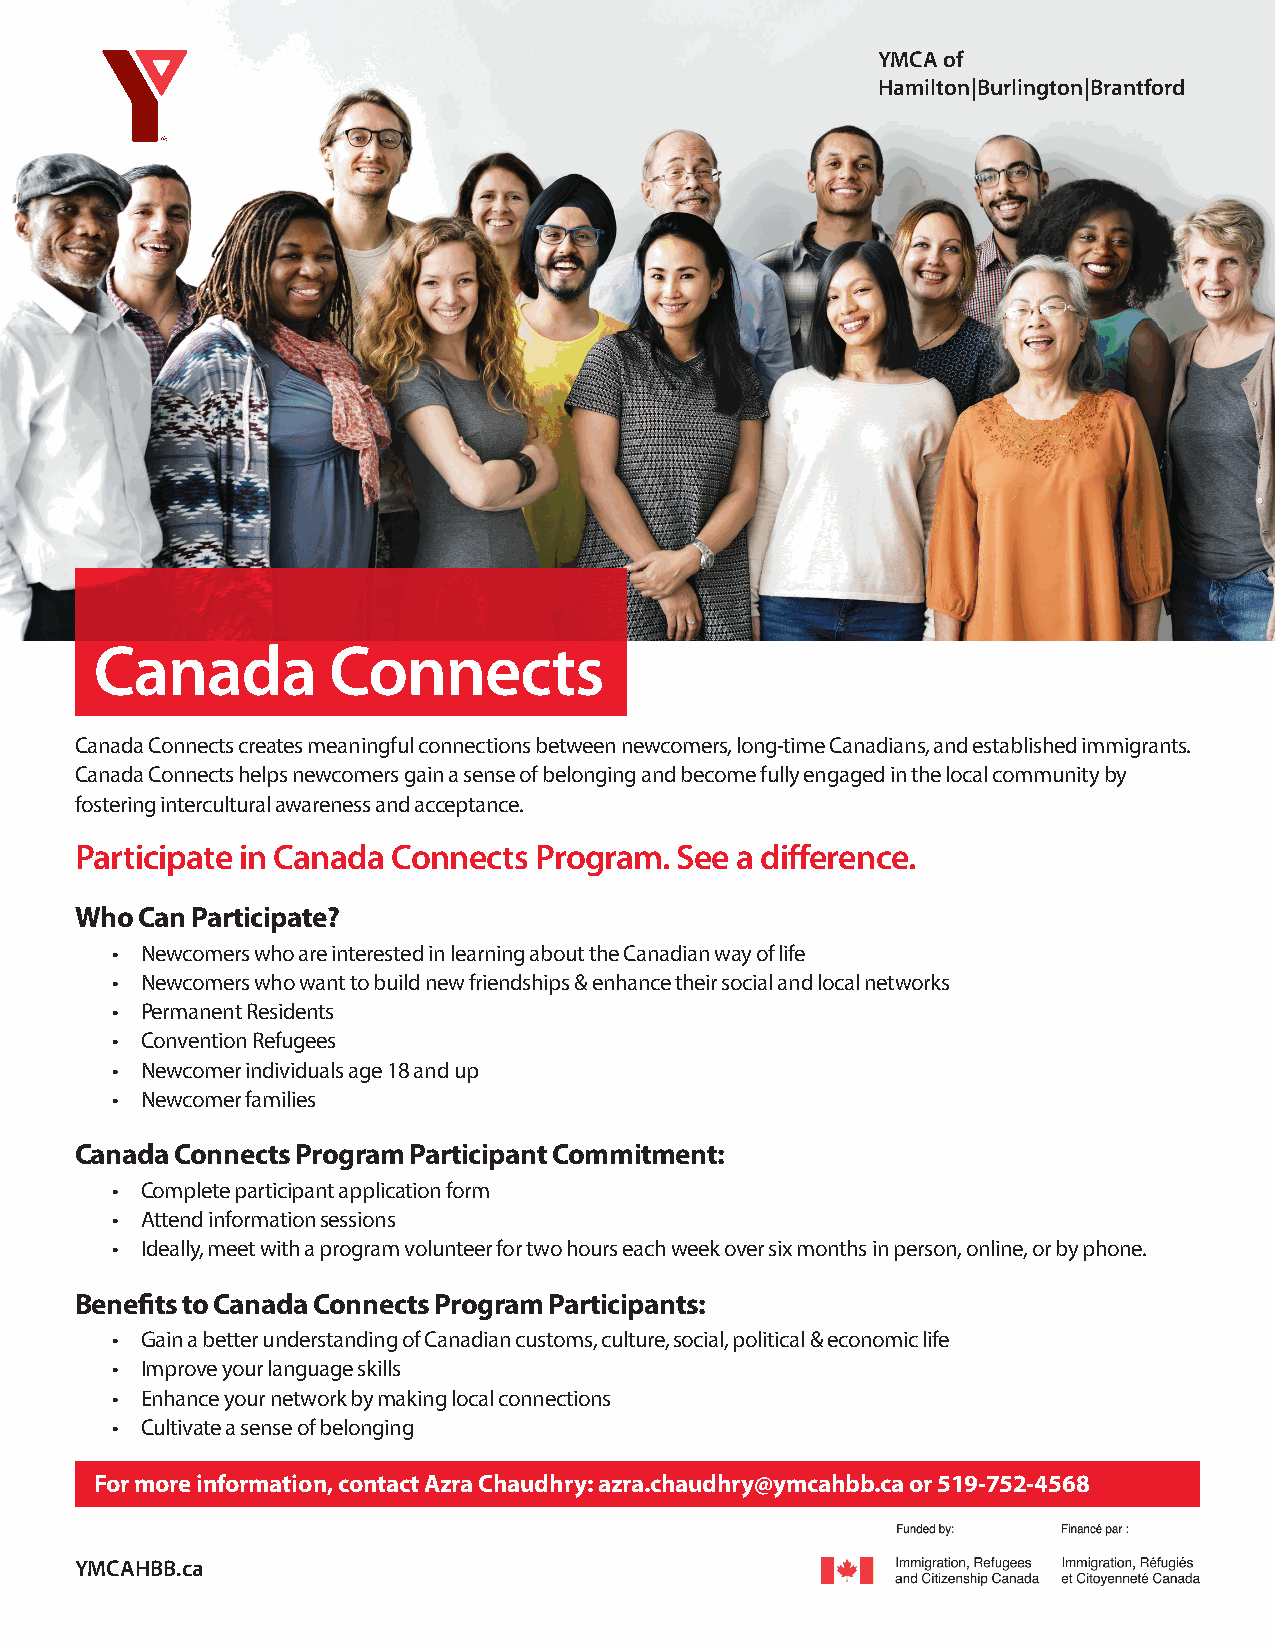
YMCA of
 Hamilton|Burlington|Brantford
 Canada          Connects
 Canada Connects creates meaningful connections between newcomers, long-time Canadians, and established immigrants.
 Canada Connects helps newcomers gain a sense of belonging and become fully engaged in the local community by
 fostering intercultural awareness and acceptance.
 Participate in Canada Connects Program. See a difference.
 Who Can Participate?
 • Newcomers who are interested in learning about the Canadian way of life
 • Newcomers who want to build new friendships & enhance their social and local networks
 • Permanent Residents
 • Convention Refugees
 • Newcomer individuals age 18 and up
 • Newcomer families
 Canada Connects Program Participant Commitment:
 • Complete participant application form
 • Attend information sessions
 • Ideally, meet with a program volunteer for two hours each week over six months in person, online, or by phone.
 Benefits to Canada Connects Program Participants:
 • Gain a better understanding of Canadian customs, culture, social, political & economic life
 • Improve your language skills
 • Enhance your network by making local connections
 • Cultivate a sense of belonging
 For more information, contact Azra Chaudhry: azra.chaudhry@ymcahbb.ca or 519-752-4568
 YMCAHBB.ca